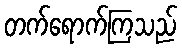
တက်ရောက်ကြသည်